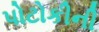
પોટોકીની